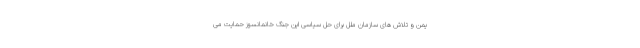
یمن و تلاش های سازمان ملل برای حل سیاسی این جنگ خانمانسوز حمایت می